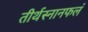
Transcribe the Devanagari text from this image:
तीर्थस्नानफलं